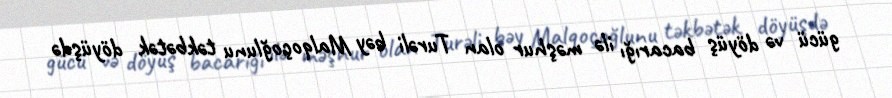
gücü və döyüş bacarığı ilə məşhur olan Turəli bəy Malqoçoğlunu təkbətək döyüşdə